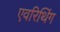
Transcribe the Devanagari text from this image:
एवरिथिंग